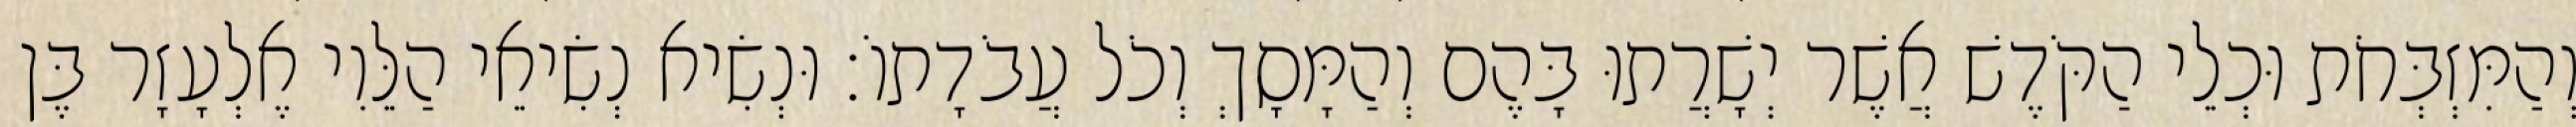
וְהַמִּזְבְּחֹת וּכְלֵי הַקֹּדֶשׁ אֲשֶׁר יְשָׁרֲתוּ בָּהֶם וְהַמָּסָךְ וְכֹל עֲבֹדָתוֹ׃ וּנְשִׂיא נְשִׂיאֵי הַלֵּוִי אֶלְעָזָר בֶּן